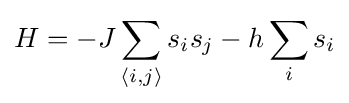
H=-J\sum _{\langle i,j\rangle }s_{i}s_{j}-h\sum _{i}s_{i}